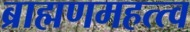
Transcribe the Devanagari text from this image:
ब्राह्मणमहत्त्व